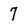
Character: 7